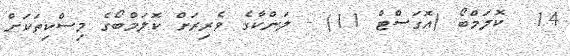
14  ކޮލަމްބޯ (އޮގަސްޓް 11) - ލަންކާގެ ވެރިރަށް ކޮލަމްބޯގެ މިސްކިތަކަށް